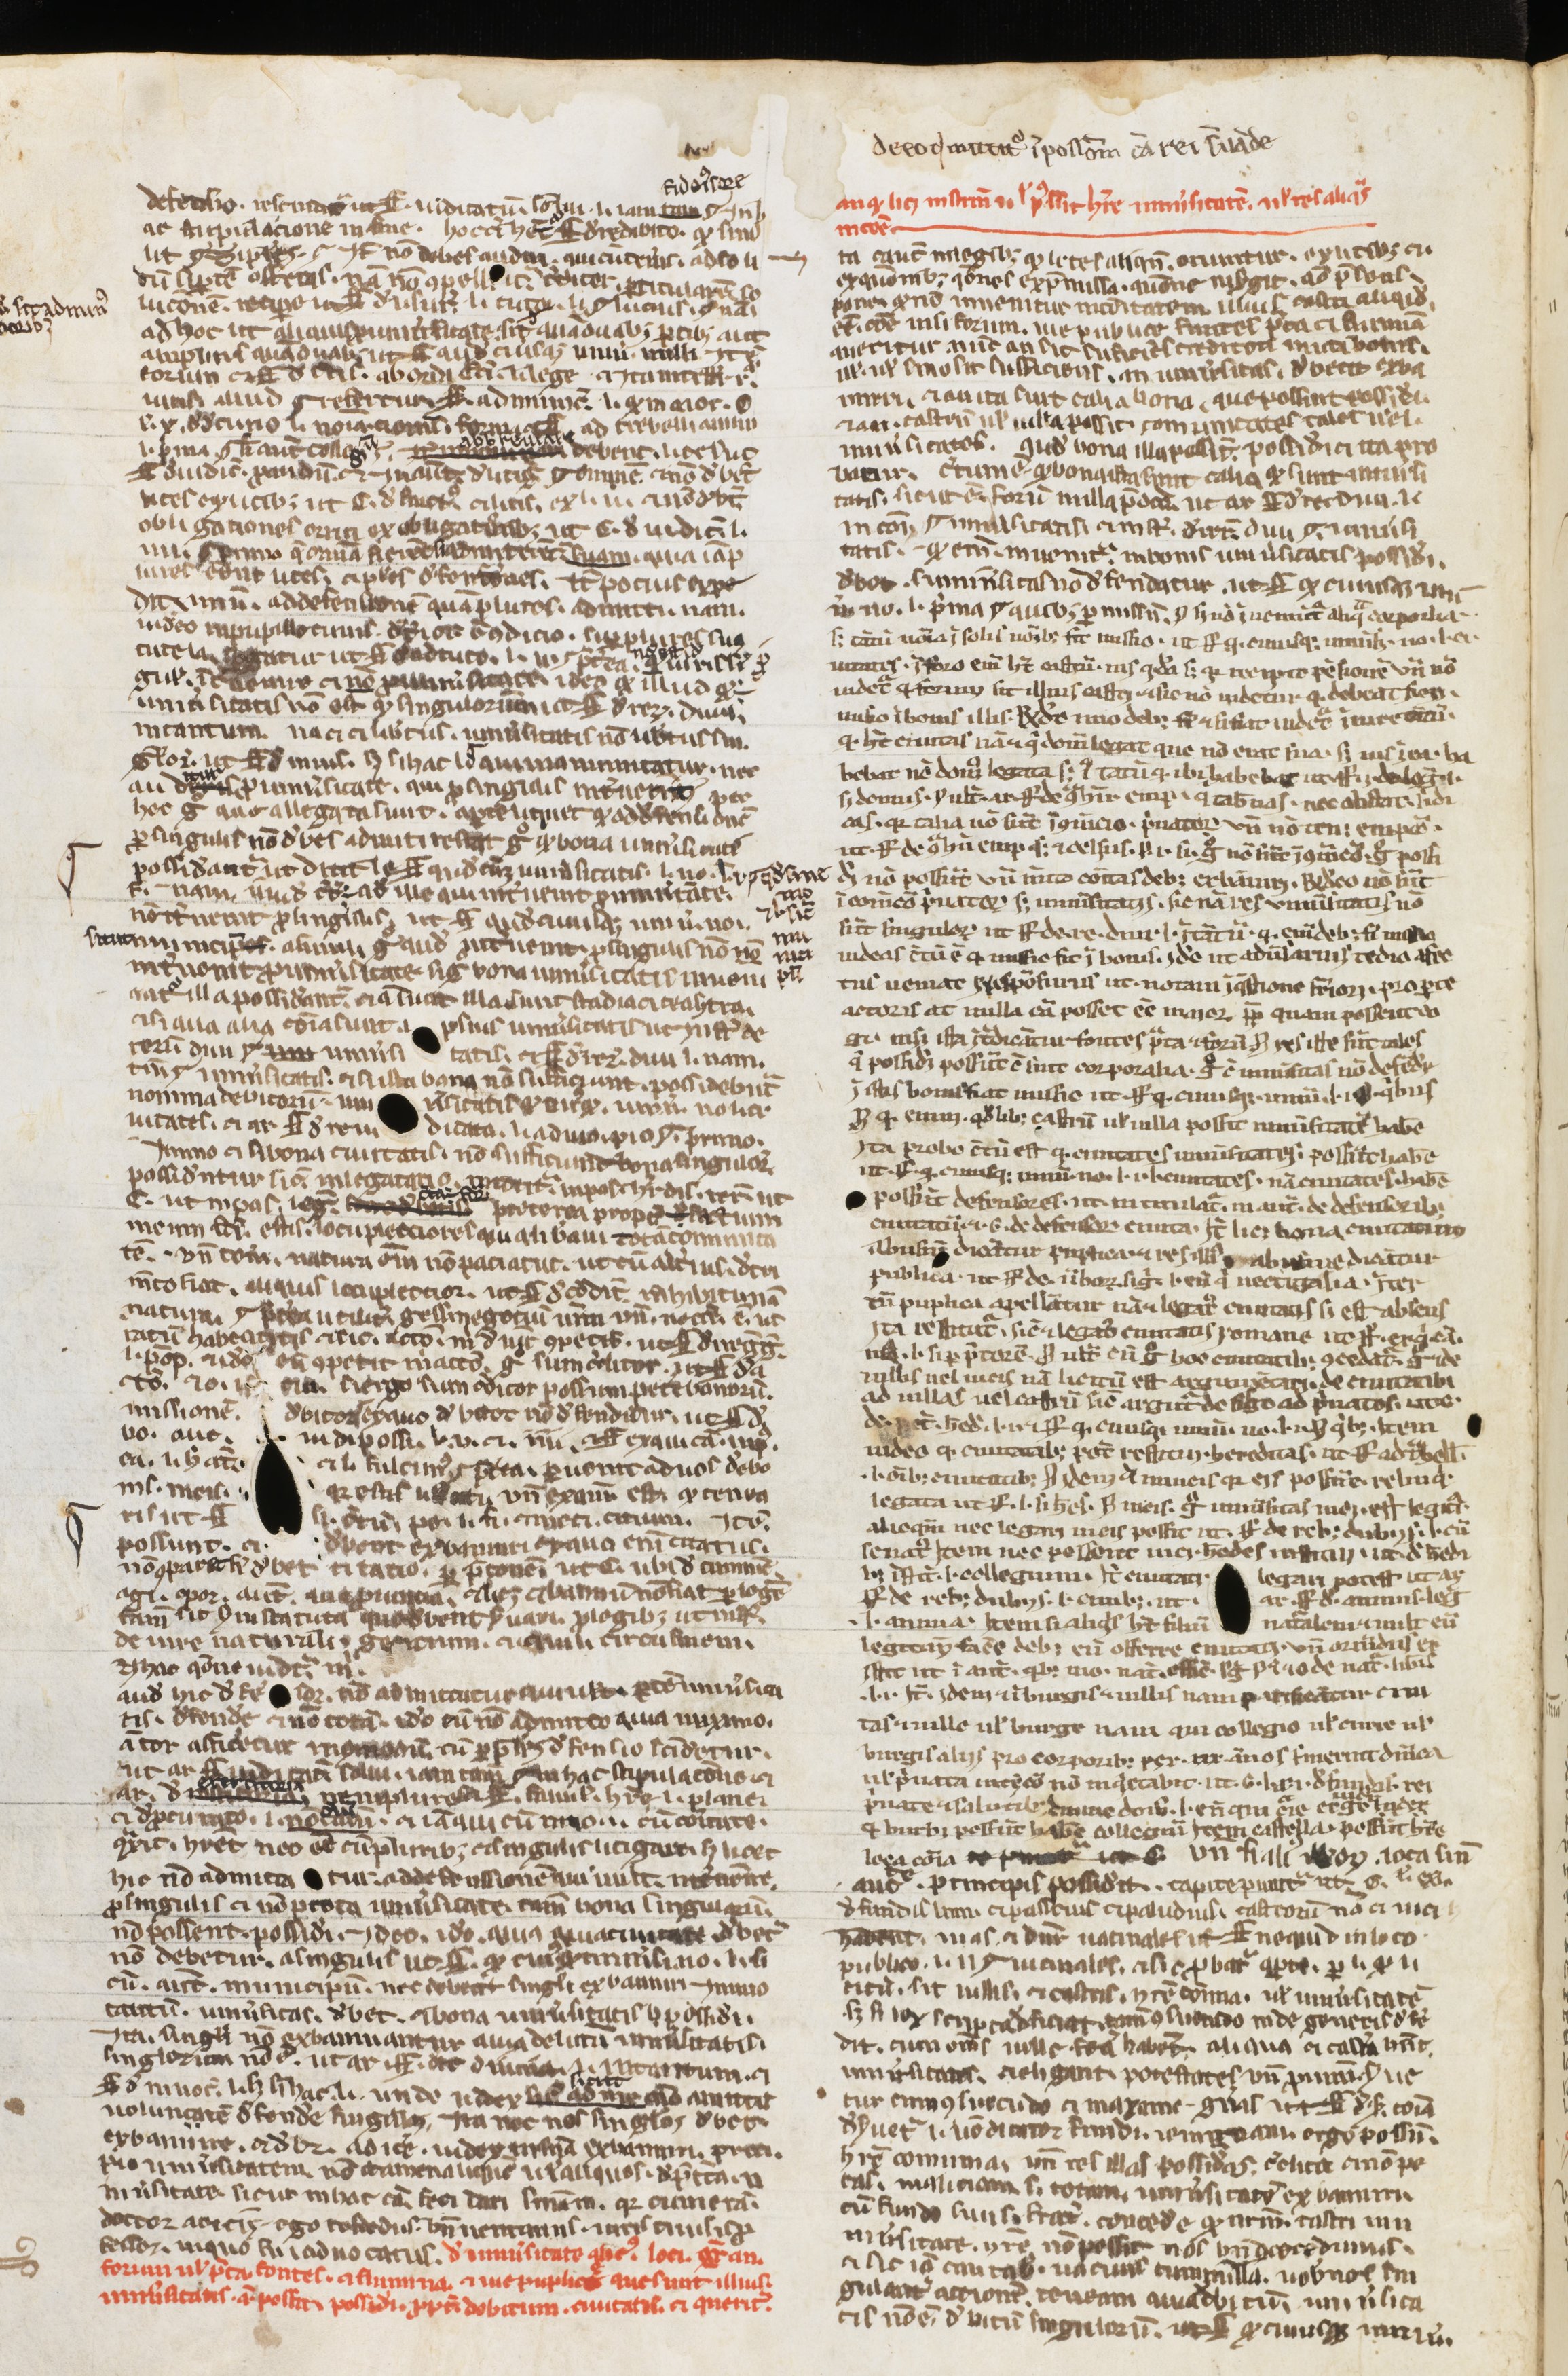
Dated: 1200–1224